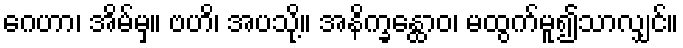
ဂေဟာ၊ အိမ်မှ။ ဗဟိ၊ အပသို့။ အနိက္ခန္ထောဝ၊ မထွက်မူ၍သာလျှင်။